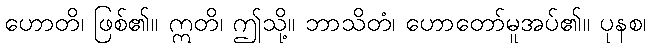
ဟောတိ၊ ဖြစ်၏။ ဣတိ၊ ဤသို့။ ဘာသိတံ၊ ဟောတော်မူအပ်၏။ ပုနစ၊